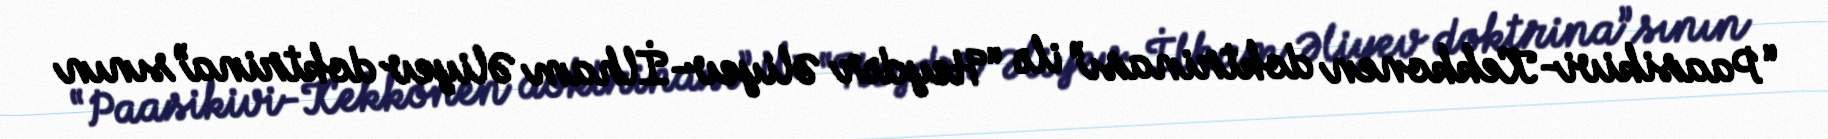
“Paasikivi-Kekkonen doktrinası” ilə “Heydər Əliyev-İlham Əliyev doktrina”sının